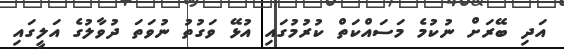
އަދި ބޭރަށް ނުކުމެ މަސައްކަތް ކުރުމުގައި އުޅޭ ވަގުތު ނުވަތަ ދުވާލުގެ އަލީގައި